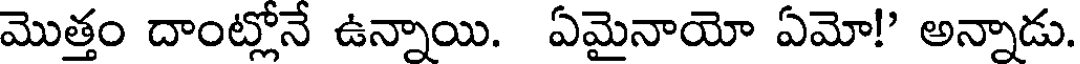
మొత్తం దాంట్లోనే ఉన్నాయి. ఏమైనాయో ఏమో!' అన్నాడు.